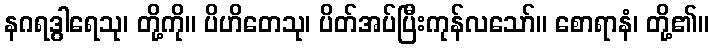
နဂရဒွါရေသု၊ တို့ကို။ ပိဟိတေသု၊ ပိတ်အပ်ပြီးကုန်လသော်။ စောရာနံ၊ တို့၏။